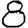
Digit: 8